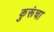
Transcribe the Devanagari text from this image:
कुरूंचा